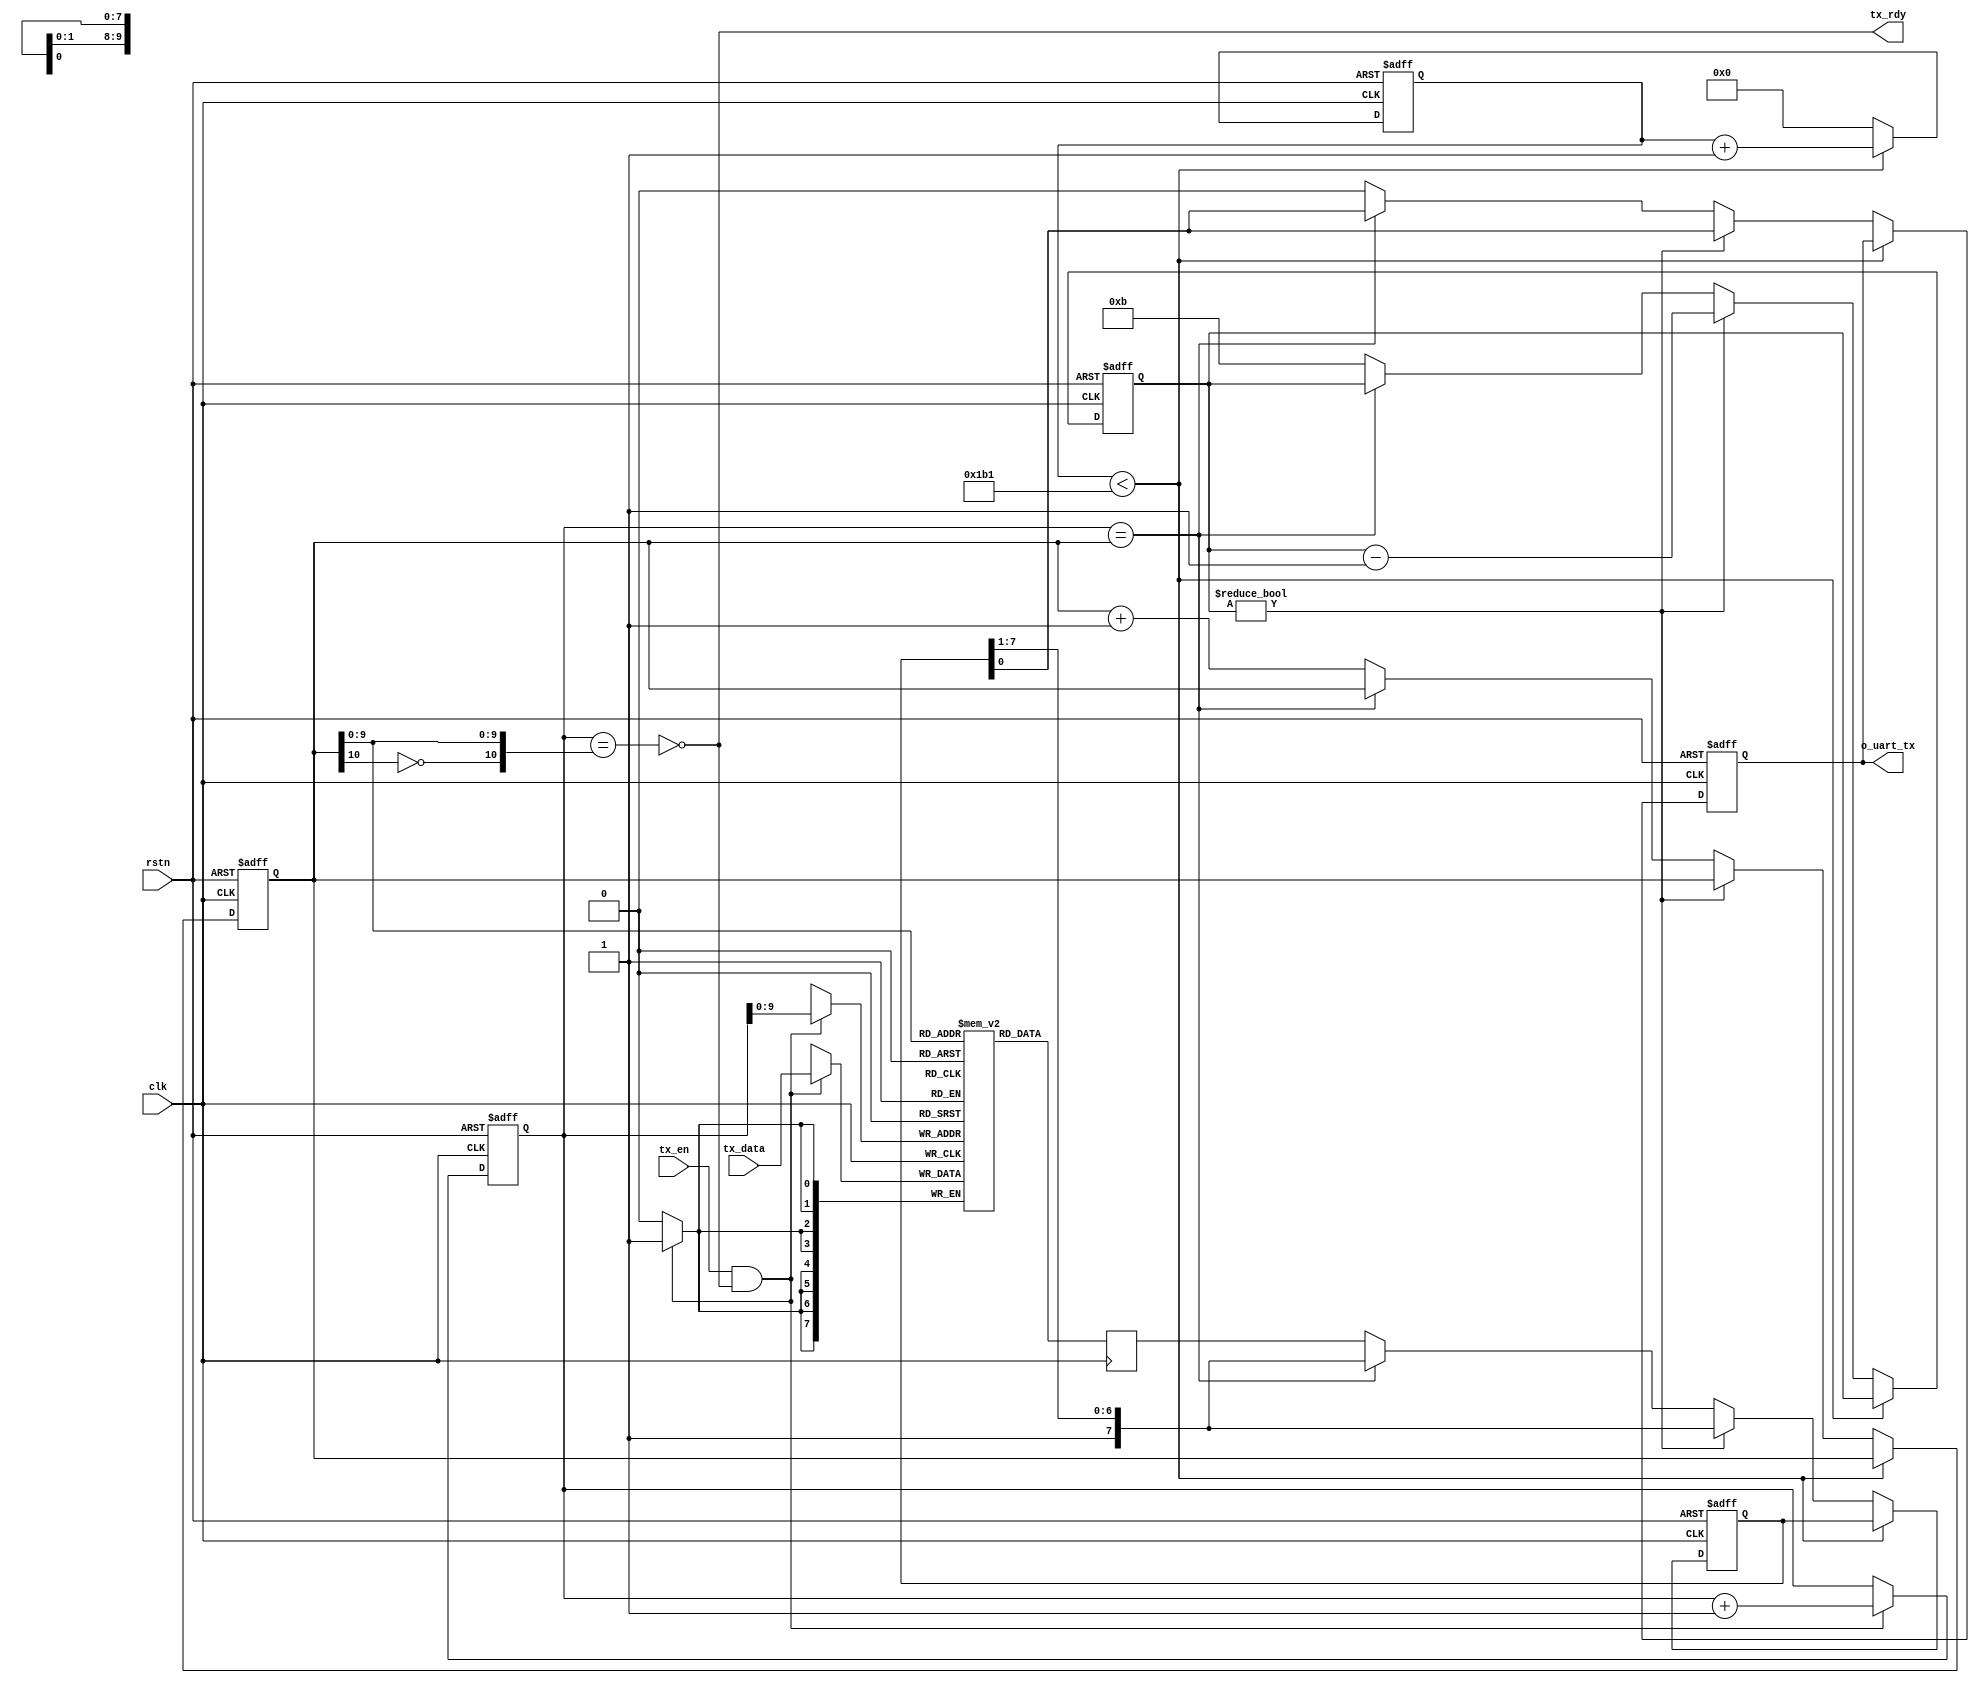

//--------------------------------------------------------------------------------------------------------
// Module  : usbfs_debug_uart_tx
// Type    : synthesizable, IP's sub module
// Standard: Verilog 2001 (IEEE1364-2001)
// Function: buffer input data and send them to UART
// UART format: 8 data bits, no parity
//--------------------------------------------------------------------------------------------------------

module usbfs_debug_uart_tx #(
    parameter CLK_DIV = 434,       // UART baud rate = clk freq/CLK_DIV. for example, when clk=50MHz, CLK_DIV=434, then baud=50MHz/434=115200
    parameter ASIZE   = 10         // UART TX buffer size = 2^ASIZE bytes, Set it smaller if your FPGA doesn't have enough BRAM
) (
    input  wire       rstn,
    input  wire       clk,
    // user interface
    input  wire [7:0] tx_data,
    input  wire       tx_en,
    output wire       tx_rdy,
    // uart tx output signal
    output reg        o_uart_tx
);


initial o_uart_tx = 1'b1;


//-------------------------------------------------------------------------------------------------------------------------------------
// send buffer
//-------------------------------------------------------------------------------------------------------------------------------------

reg [7:0] buffer [(1<<ASIZE)-1 : 0];   // may automatically synthesize to BRAM
reg [7:0] rddata;
reg [ASIZE:0] wptr, rptr;

wire full  = (wptr == {~rptr[ASIZE], rptr[ASIZE-1:0]} );
wire empty = (wptr == rptr);

assign tx_rdy = ~full;

always @ (posedge clk or negedge rstn)
    if (~rstn) begin
        wptr <= 0;
    end else begin
        if (tx_en & ~full)
            wptr <= wptr + 1;
    end

always @ (posedge clk)
    if (tx_en & ~full)
        buffer[wptr[ASIZE-1:0]] <= tx_data;

always @ (posedge clk)
    rddata <= buffer[rptr[ASIZE-1:0]];



//-------------------------------------------------------------------------------------------------------------------------------------
// UART TX
//-------------------------------------------------------------------------------------------------------------------------------------

reg [31:0] cnt = 0;
reg [ 3:0] tx_cnt = 4'h0;
reg [ 7:0] tx_shift = 8'hFF;

always @ (posedge clk or negedge rstn)
    if (~rstn) begin
        rptr <= 0;
        cnt <= 0;
        tx_cnt <= 4'h0;
        tx_shift <= 8'hFF;
        o_uart_tx <= 1'b1;
    end else begin
        if (cnt < (CLK_DIV-1)) begin
            cnt <= cnt + 1;
        end else begin
            cnt <= 0;
            {tx_shift, o_uart_tx} <= {1'b1, tx_shift};
            if (tx_cnt != 4'h0) begin
                tx_cnt <= tx_cnt - 4'd1;
            end else if (~empty) begin
                rptr <= rptr + 1;
                tx_cnt <= 4'd11;
                tx_shift <= rddata;
                o_uart_tx <= 1'b0;
            end
        end
    end


endmodule